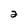
Character: 2